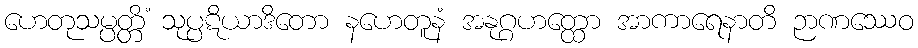
ဟေတုသမ္ပတ္တိံ သုပ္ပဋိယာဒိတော နဟေတူနံ အနုဂ္ဂဟတ္ထော အာကာရေနာတိ ဉာဏဿေဝ